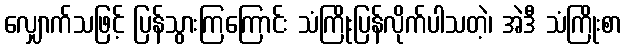
လျှောက်သဖြင့် ပြန်သွားကြကြောင်း သံကြိုးပြန်လိုက်ပါသတဲ့၊ အဲဒီ သံကြိုးစာ